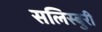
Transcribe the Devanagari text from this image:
सलिस्बुरी